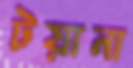
টয়ানা